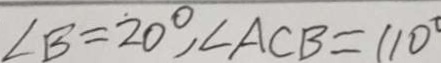
\angle B = 2 0 ^ { \circ } , \angle A C B = 1 1 0 ^ { \circ }